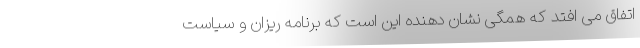
اتفاق می افتد که همگی نشان دهنده این است که برنامه ریزان و سیاست